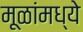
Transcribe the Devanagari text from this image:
मूळांमध्ये